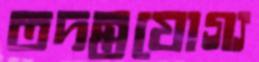
তদন্তযোগ্য